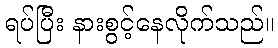
ရပ်ပြီး နားစွင့်နေလိုက်သည်။